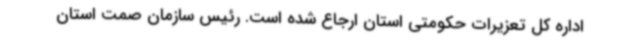
اداره کل تعزیرات حکومتی استان ارجاع شده است. رئیس سازمان صمت استان